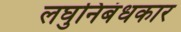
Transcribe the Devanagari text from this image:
लघुनिबंधकार